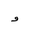
Letter: _waw